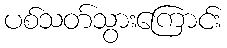
ပစ်သတ်သွားကြောင်း